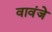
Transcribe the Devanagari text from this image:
वावंजे